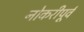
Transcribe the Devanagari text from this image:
नोकरीपूर्व